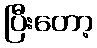
ပြီးတော့